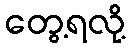
တွေ့ရလို့